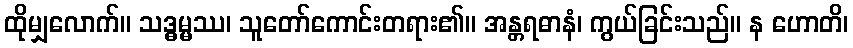
ထိုမျှလောက်။ သဒ္ဓမ္မဿ၊ သူတော်ကောင်းတရား၏။ အန္တရဓာနံ၊ ကွယ်ခြင်းသည်။ န ဟောတိ၊